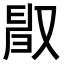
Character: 𠭜